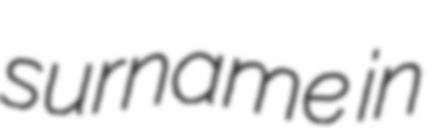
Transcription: surname in